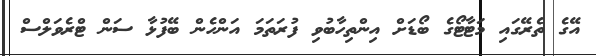
އޭގެ ތެރޭގައި މަޓާޓޯގެ ބޯޑަށް އިންތިހާބުވި ފުރަތަމަ އަންހެން ބޭފުޅާ ސަން ޓްރެވަލްސް